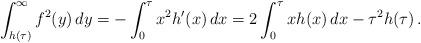
LaTeX: \begin{align*} \int_{h(\tau)}^\infty f^2(y)\, dy = -\int_0^\tau x^2 h'(x)\, dx = 2\int_0^\tau x h(x)\, dx -\tau^2h(\tau)\, . \end{align*}